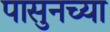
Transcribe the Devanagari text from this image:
पासुनच्या